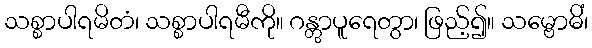
သစ္စာပါရမိတံ၊ သစ္စာပါရမီကို။ ဂန္တွာပူရေတွာ၊ ဖြည့်၍။ သမ္ဗောဓိံ၊